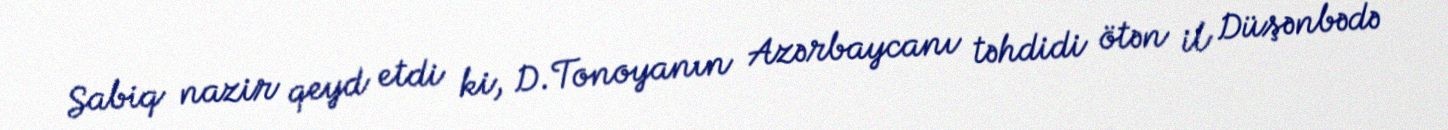
Sabiq nazir qeyd etdi ki, D.Tonoyanın Azərbaycanı təhdidi ötən il Düşənbədə